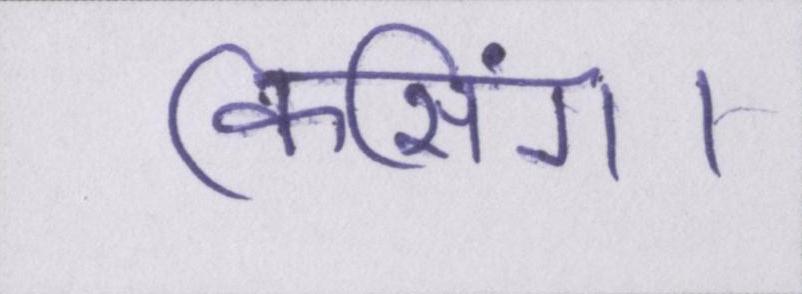
किसिंग